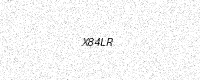
Text: X84LR